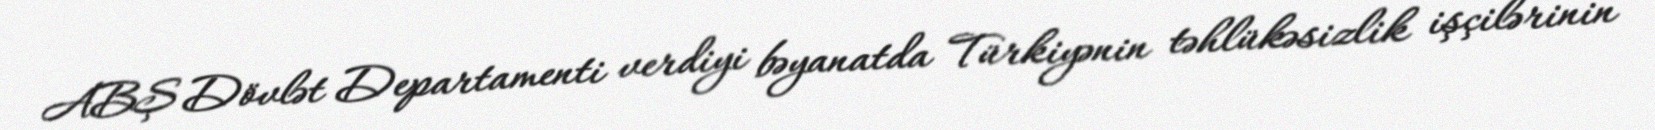
ABŞ Dövlət Departamenti verdiyi bəyanatda Türkiyənin təhlükəsizlik işçilərinin